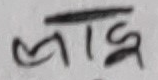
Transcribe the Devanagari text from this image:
लाइक